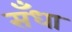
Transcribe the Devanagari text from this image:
सँधा